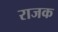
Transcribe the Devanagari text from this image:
राजक